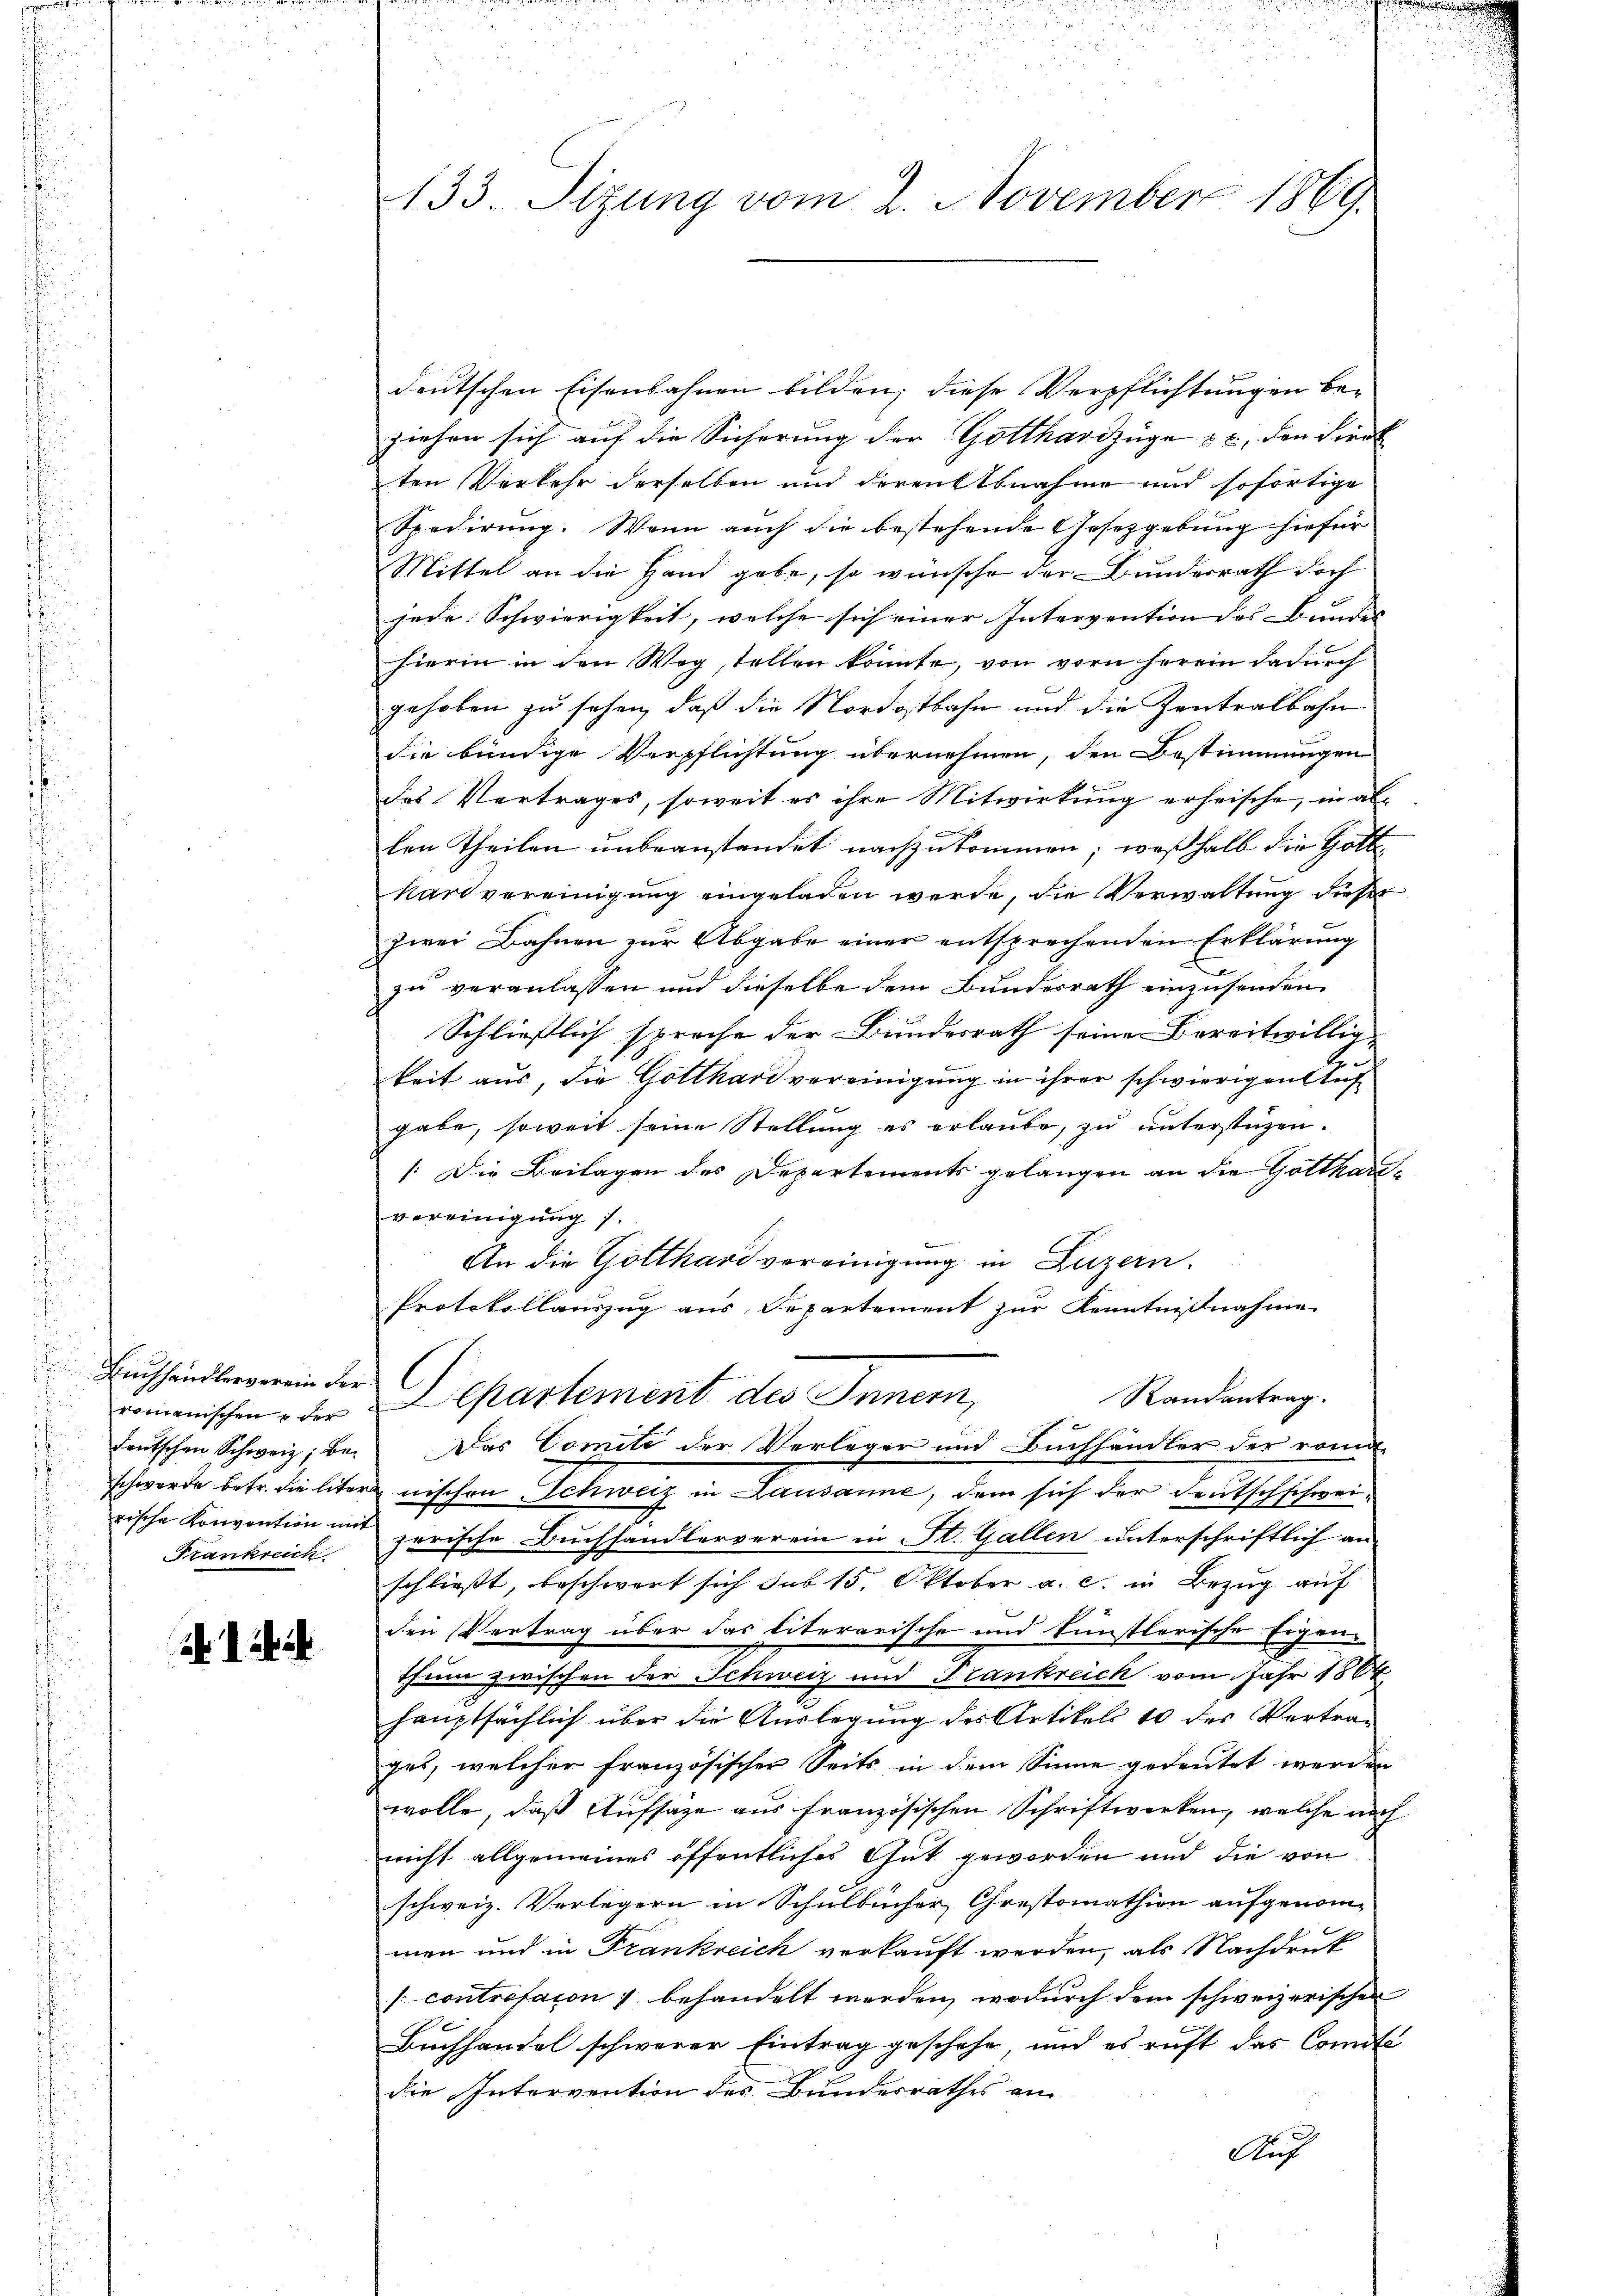
Buchhandlerverein der C
romanischen & der
Frankreich

ih d. h.

deutschen Eisenbahnen bilden; diese Verpflichtungen be-
ziehen sich auf die Sicherung der Gotthardzüge zu, den direk
ten Verkehr derselben und deren Abnahme und sofortige
Spedirŭng. Wenn auch die bestehende Gesetzgebung hiefür
Mittel an die Hand gebe, so wünsche der Bundesrath doch
jede Schwierigkeit, welche sich einer Intervention des Bundes
hierin in den Wegstellen könnte, von vorn herein dadurch
gehoben zu sehen, daß die Nordostbahn und die Zentralbahn
die bündige Verpflichtung übernehmen, den Bestimmungen
des Vertrages, soweit es ihre Mitwirkung erheische, in allen Theilen unbeanstandet nachzukommen; weßhalb die Holt
kanvereinigung eingeladen werde, die Verwaltung dieser
zwei Bahnen zur Abgabe einer entsprechenden Erklärung
zu veranlassen und dieselbe dem Bundesrath einzusenden.
Schließlich sprache der Bundesrath seine Bereitwillig-
keit aus, die Gotthard vereinigung in ihrer schwierigen Auf
gabe, soweit seine Stellung es erlaube, zu unterstüzen.
/: Die Beilagen des Departements gelangen an die Gotthauvereinigung 1.
An die Gotthard vereinigung in Luzern.
Protokollauszug aus Departement zur Kenntnißnahme
Departement des Innern,
Randantrag.
deutschen Schweiz; bei Das Comite der Verleger und Buchhändler der roma-
schwerde betr. die liternischen Schweiz in Lausanne, dem sich der Deutschschweirische Konvention mit zerische Buchhandlerverein in St. Gallen unterschriftlich an
schließt, beschwert sich sub 15. Oktober a. c. in Bezug auf
den Vertrag über das literarische und künstlerische Eigene
thum zwischen der Schweiz und Trankreich vom Jahr 1864
hauptsächlich über die Auslegung des Artikels 10 des Vertrag
ges, welcher französischer Seits in dem Sinne gedeutet werden
wolle, daß Aufsage aus französischen Schriftwerken, welche nach
nicht allgemeines öffentliches Gut geworden und die von
schweiz. Verlegern in Schulbücher, Christomation aufgenommen und in Frankreich verkauft werden, als Nachdruk
/: contrefaion) behandelt werden, wodurch dem schweizerischen
Buchhandel schwerer Eintrag geschehe, und es ruft das Comite
die Intervention des Bundesrathes am
Auf

133. Sizung vom 2. November 1869.